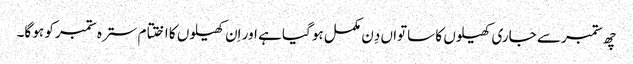
چھ ستمبر سے جاری کھیلوں کا ساتواں دِن مکمل ہو گیا ہے اور اِن کھیلوں کا اختتام سترہ ستمبر کو ہو گا۔